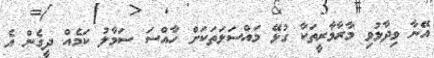
އޭނާ ވިދާޅުވި މާރާމާރީތަކާ ގުޅޭ މައްސަލަތަކަށް ހާއްސަ ސަމާލު ކަމެއް ދީގެން އެ